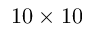
1 0 \times 1 0